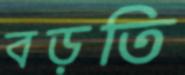
বড়তি